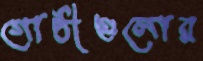
গোষ্ঠীগুলোর